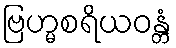
ဗြဟ္မစရိယဝန္တံ